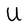
Character: U